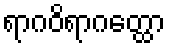
ရာဂဝိရာဂတ္ထော